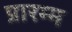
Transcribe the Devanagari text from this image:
प्रारम्म